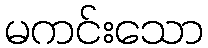
မကင်းသော